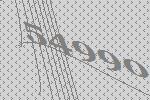
54990